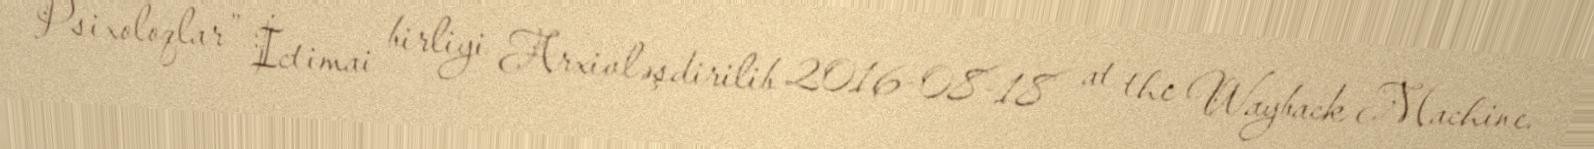
Psixoloqlar” İctimai birliyi Arxivləşdirilib 2016-08-18 at the Wayback Machine.